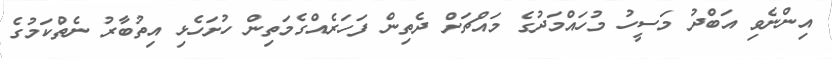
އިންނެވި އަބްދު މަސީހު މުހައްމަދުގެ މައްޗަށް ދެތިން ފަހަރެއްގެމަތިން ހުށަހެޅި އިތުބާރު ނެތްކަމުގެ